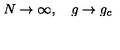
N \to \infty , \quad g \to g _ { c }